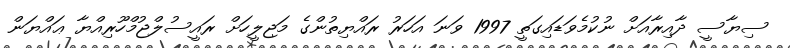
ސިޔާސީ ދާއިރާއަށް ނުކުމެވަޑައިގަތީ 1997 ވަނަ އަހަރު ރައްޔިތުންގެ މަޖިލީހަށް ރައީސުލްޖުމްހޫރިއްޔާ ޢައްޔަން